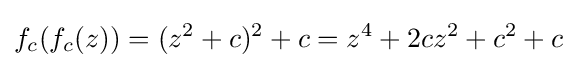
f_{c}(f_{c}(z))=(z^{2}+c)^{2}+c=z^{4}+2cz^{2}+c^{2}+c